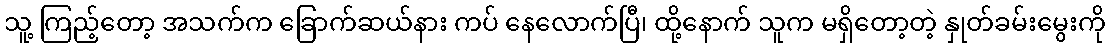
သူ့ ကြည့်တော့ အသက်က ခြောက်ဆယ်နား ကပ် နေလောက်ပြီ၊ ထို့နောက် သူက မရှိတော့တဲ့ နှုတ်ခမ်းမွေးကို